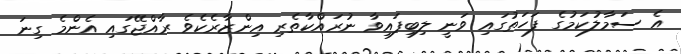
އެ ސަމާލުކަމުގެ ފަހަތުގައި ވަނީ ލިބިފައިވާ ނުރައްކާތެރި އިންޒާރެކެވެ ރާއްޖޭގައި އެންމެ ގިނަ